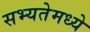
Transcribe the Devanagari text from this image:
सभ्यतेमध्ये